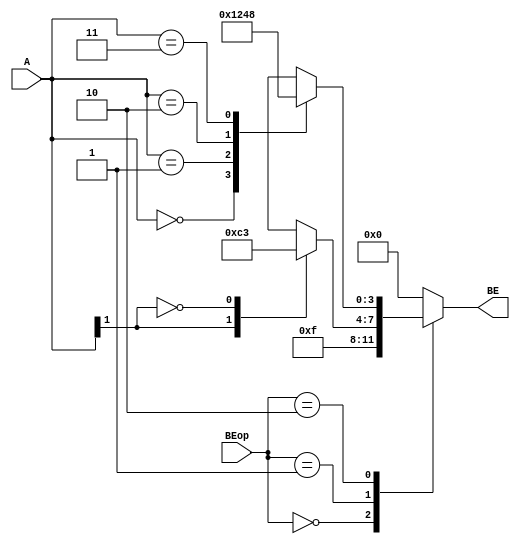
`timescale 1ns / 1ps
//////////////////////////////////////////////////////////////////////////////////
// Company: 
// Engineer: 
// 
// Design Name: 
// Module Name:    extend_BE 
// Project Name: 
// Target Devices: 
// Tool versions: 
// Description: 
//
// Dependencies: 
//
// Revision: 
// Revision 0.01 - File Created
// Additional Comments: 
//
//////////////////////////////////////////////////////////////////////////////////
module extend_BE(
    input [1:0] A,
    input [1:0] BEop,
    output reg [3:0] BE
    );
	always@(*)
		begin
			case(BEop)
				2'b00:BE=4'b1111;
				2'b01:
					begin
						case(A[1])
							1'b1:BE=4'b1100;
							1'b0:BE=4'b0011;
						endcase
					end
				2'b10:
					begin
						case(A)
							2'b00:BE=4'b0001;
							2'b01:BE=4'b0010;
							2'b10:BE=4'b0100;
							2'b11:BE=4'b1000;
						endcase
					end
				default:BE=4'b0;
			endcase
		end

endmodule